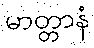
မာတ္တာနံ